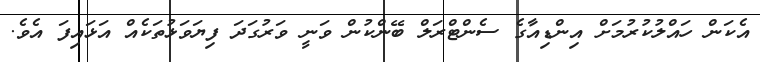
އެކަން ހައްލުކުރުމަށް އިންޑިއާގެ ސެންޓްރަލް ބޭންކުން ވަނީ ވަރުގަދަ ފިޔަވަޅުތަކެއް އަޅައިފަ އެވެ.